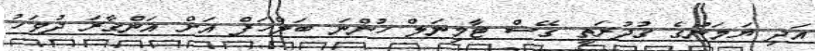
އަދި ޔަމަނުގެ ގުދުރަތީ ގޭސް ޓާމިނަލް ހުންނަ ބަލްހަފް އަށް އަންގާރަ ދުވަހު